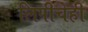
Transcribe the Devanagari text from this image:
लिपीचेही